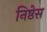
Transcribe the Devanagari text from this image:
निष्ठेस